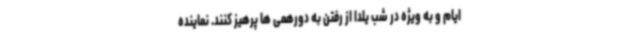
ایام و به ویژه در شب یلدا از رفتن به دورهمی ها پرهیز کنند. نماینده